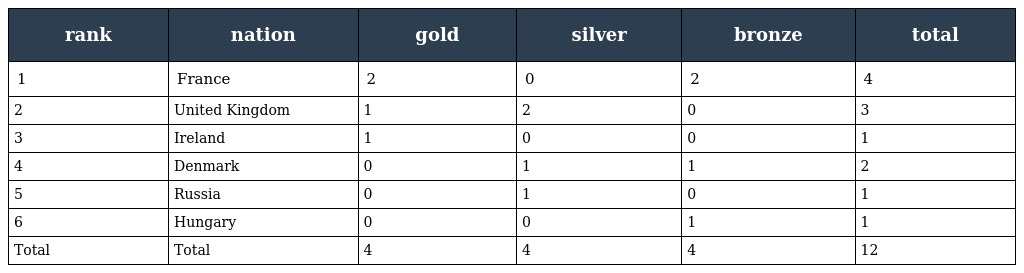
| rank | nation | gold | silver | bronze | total |
 | --- | --- | --- | --- | --- | --- |
 | 1 | France | 2 | 0 | 2 | 4 |
 | 2 | United Kingdom | 1 | 2 | 0 | 3 |
 | 3 | Ireland | 1 | 0 | 0 | 1 |
 | 4 | Denmark | 0 | 1 | 1 | 2 |
 | 5 | Russia | 0 | 1 | 0 | 1 |
 | 6 | Hungary | 0 | 0 | 1 | 1 |
 | Total | Total | 4 | 4 | 4 | 12 |